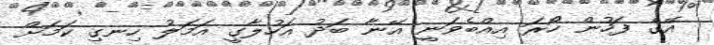
އޭގެ ފަހުން ހޯރަ އިއްބެވަނީ އޭނާ ބަދު އަހުލާގީ އަމަލު ހިނގި ކަމަށް